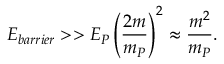
E _ { b a r r i e r } > > E _ { P } \left( { \frac { 2 m } { m _ { P } } } \right) ^ { 2 } \approx { \frac { m ^ { 2 } } { m _ { P } } } .